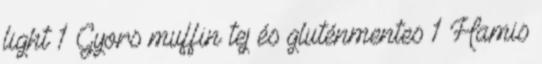
light 1 Gyors muffin tej és gluténmentes 1 Hamis